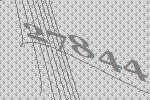
27844